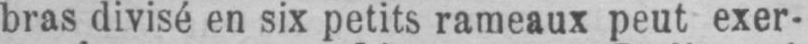
bras divisé en six petits rameaux peut exer-